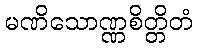
မဏိသောဏ္ဏစိတ္တိတံ